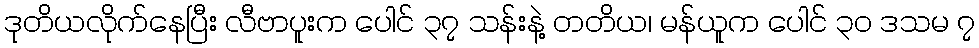
ဒုတိယလိုက်နေပြီး လီဗာပူးက ပေါင် ၃၇ သန်းနဲ့ တတိယ၊ မန်ယူက ပေါင် ၃၀ ဒသမ ၇